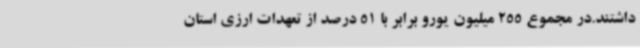
داشتند.در مجموع 255 میلیون یورو برابر با 51 درصد از تعهدات ارزی استان